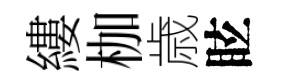
縷枷歳眩